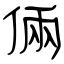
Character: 倆